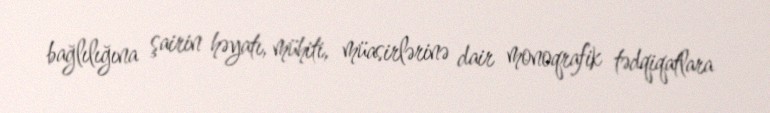
bağlılığına şairin həyatı, mühiti, müasirlərinə dair monoqrafik tədqiqatlara